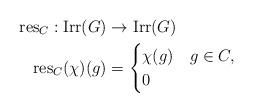
LaTeX: \begin{align*}\operatorname{res}_C:\operatorname{Irr}(G)&\to\operatorname{Irr}(G)\\\operatorname{res}_C(\chi)(g)&=\begin{cases}\chi(g)&g\in C,\\0&\end{cases}\end{align*}